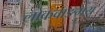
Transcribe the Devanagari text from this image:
लोकवाङमय